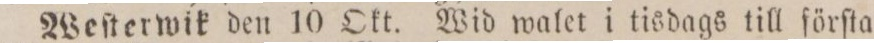
Weſterwik den 10 Okt. Wid walet i tisdags till förſta